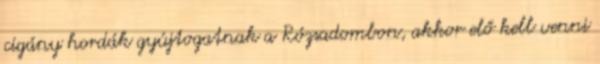
cigány hordák gyújtogatnak a Rózsadombon, akkor elő kell venni